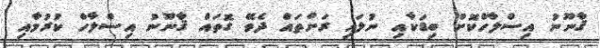
ޤާނޫނު އިސްލާހްކޮށް ބިޑަކާއި ނުލައި ރަށްތައް ދެވޭ ގޮތައް ޤާނޫނު އިސްލާހް ކުރުމާއި